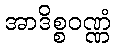
အာဒိစ္စဝဏ္ဏံ